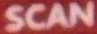
SCAN